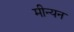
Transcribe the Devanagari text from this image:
मीन्यन